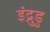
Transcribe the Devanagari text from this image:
इंद्रुडु